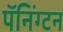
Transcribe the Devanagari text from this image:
पॅनिंग्टन